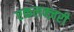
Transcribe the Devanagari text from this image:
एकलक्ज़री